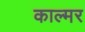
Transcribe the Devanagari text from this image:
काल्मर